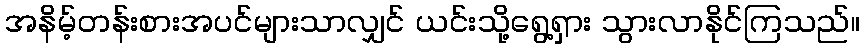
အနိမ့်တန်းစားအပင်များသာလျှင် ယင်းသို့ရွေ့ရှား သွားလာနိုင်ကြသည်။